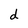
Character: d